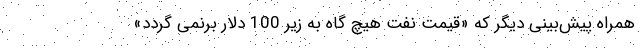
همراه پیش‌بینی دیگر که «قیمت نفت هیچ گاه به زیر 100 دلار برنمی گردد»